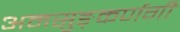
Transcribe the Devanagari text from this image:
अमसुङ्कर्णगी